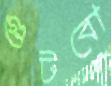
গুটবো